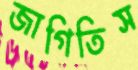
জাগিতিস